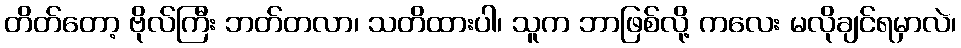
တိတ်တော့ ဗိုလ်ကြီး ဘတ်တလာ၊ သတိထားပါ၊ သူက ဘာဖြစ်လို့ ကလေး မလိုချင်ရမှာလဲ၊